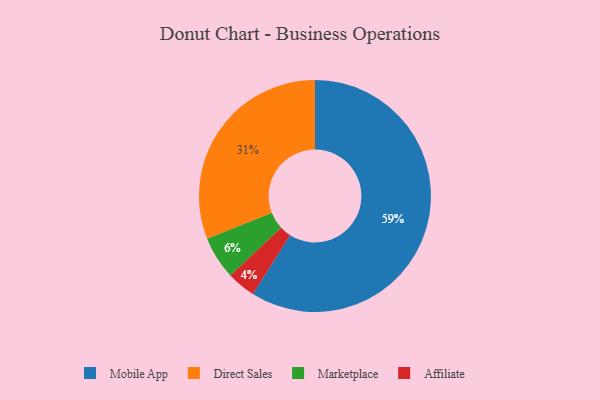
{"axis": {"x": "Category", "y": "Percentage"}, "legend": ["Affiliate", "Direct Sales", "Marketplace", "Mobile App"], "data": [{"x": "Direct Sales", "y": 31, "type": "Direct Sales"}, {"x": "Affiliate", "y": 4, "type": "Affiliate"}, {"x": "Mobile App", "y": 59, "type": "Mobile App"}, {"x": "Marketplace", "y": 6, "type": "Marketplace"}]}